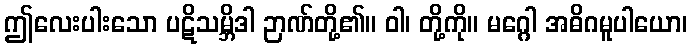
ဤလေးပါးသော ပဋိသမ္ဘိဒါ ဉာဏ်တို့၏။ ဝါ၊ တို့ကို။ မဂ္ဂေါ အဓိဂမူပါယော၊